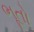
ભૂતો